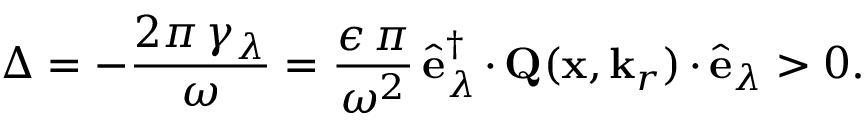
\Delta = - \frac { 2 \pi \, \gamma _ { \lambda } } { \omega } = \frac { \epsilon \, \pi } { \omega ^ { 2 } } \, \hat { \mathbf { e } } _ { \lambda } ^ { \dagger } \, { \boldsymbol { \cdot } } \, { \mathbf { Q } } ( \mathbf { x } , \mathbf { k } _ { r } ) \, { \boldsymbol { \cdot } } \, \hat { \mathbf { e } } _ { \lambda } > 0 .